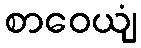
စာဝေယျံ